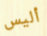
أليس